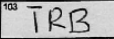
Transcription: TRB